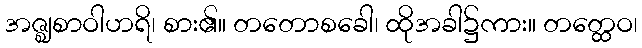
အဇ္ဈစာဝါဟရိ၊ စား၏။ တတောစခေါ၊ ထိုအခါ၌ကား။ တတ္ထေဝ၊